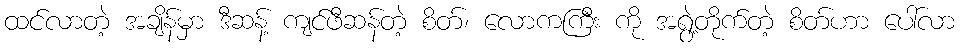
ထင်လာတဲ့ အချိန်မှာ ဒီဆန့် ကျင်ဖီဆန်တဲ့ စိတ်၊ လောကကြီး ကို အရွဲ့တိုက်တဲ့ စိတ်ဟာ ပေါ်လာ